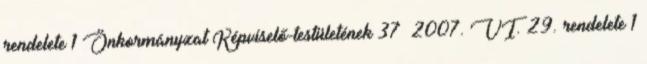
rendelete 1 Önkormányzat Képviselő-testületének 37 2007. VI. 29. rendelete 1